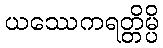
ယဿေကရတ္တိမ္ပိ